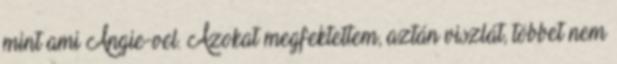
mint ami Angie-vel. Azokat megfektettem, aztán viszlát, többet nem